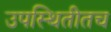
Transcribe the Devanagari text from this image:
उपस्थितीतच